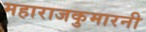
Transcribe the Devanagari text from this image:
महाराजकुमारनी